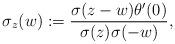
LaTeX: \begin{gather*}\sigma_{z}(w):= {\frac{ \sigma(z-w) \theta' (0)}{\sigma(z) \sigma(-w)}},\end{gather*}